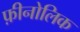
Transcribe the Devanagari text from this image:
फ़ीनोलिक